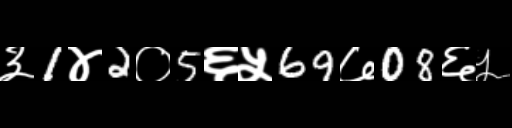
Text: ३1४2०5६५69७08६५